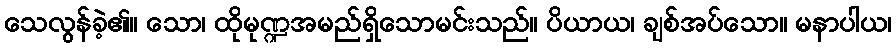
သေလွန်ခဲ့၏။ သော၊ ထိုမုဏ္ဍအမည်ရှိသောမင်းသည်။ ပိယာယ၊ ချစ်အပ်သော။ မနာပါယ၊